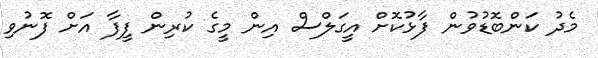
މެދު ކަންބޮޑުވުން ފާޅުކޮށް އީގަލްސް އިން މީގެ ކުރިން ފީފާ އަށް ފޮނުވި